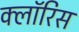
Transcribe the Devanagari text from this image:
क्लॉरिस